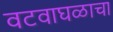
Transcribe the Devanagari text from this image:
वटवाघळाचा